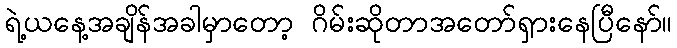
ရဲ့ယနေ့အချိန်အခါမှာတော့ ဂိမ်းဆိုတာအတော်ရှားနေပြီနော်။